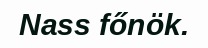
Nass főnök.